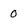
Character: 0